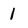
Character: 1